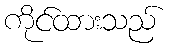
ကိုင်ထားသည်